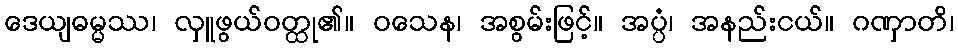
ဒေယျဓမ္မဿ၊ လှူဖွယ်ဝတ္ထု၏။ ဝသေန၊ အစွမ်းဖြင့်။ အပ္ပံ၊ အနည်းငယ်။ ဂဏှာတိ၊